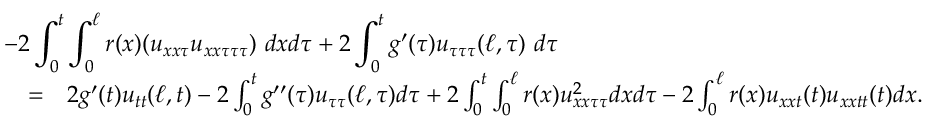
\begin{array} { r l r } { \lefteqn { - 2 \int _ { 0 } ^ { t } \int _ { 0 } ^ { \ell } r ( x ) ( u _ { x x \tau } u _ { x x \tau \tau \tau } ) \ d x d \tau + 2 \int _ { 0 } ^ { t } g ^ { \prime } ( \tau ) u _ { \tau \tau \tau } ( \ell , \tau ) \ d \tau } } \\ & { = } & { 2 g ^ { \prime } ( t ) u _ { t t } ( \ell , t ) - 2 \int _ { 0 } ^ { t } g ^ { \prime \prime } ( \tau ) u _ { \tau \tau } ( \ell , \tau ) d \tau + 2 \int _ { 0 } ^ { t } \int _ { 0 } ^ { \ell } r ( x ) u _ { x x \tau \tau } ^ { 2 } d x d \tau - 2 \int _ { 0 } ^ { \ell } r ( x ) u _ { x x t } ( t ) u _ { x x t t } ( t ) d x . } \end{array}